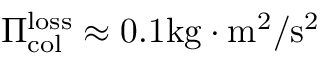
\Pi _ { \mathrm { c o l } } ^ { \mathrm { l o s s } } \approx 0 . 1 \mathrm { k g \cdot m ^ { 2 } / s ^ { 2 } }